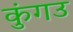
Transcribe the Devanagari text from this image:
कुंगउ